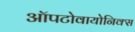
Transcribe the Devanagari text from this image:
ऑपटोवायोनिक्स